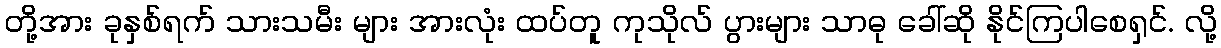
တို့အား ခုနှစ်ရက် သားသမီး များ အားလုံး ထပ်တူ ကုသိုလ် ပွားများ သာဓု ခေါ်ဆို နိုင်ကြပါစေရှင်. လို့